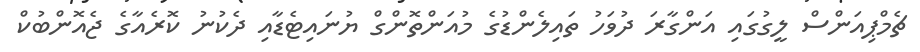
ޗެމްޕިއަންސް ލީގުގައި އަންގާރަ ދުވަހު ތައިލެންޑުގެ މުއަންތޮންގް ޔުނައިޓެޑާއި ދެކުނު ކޮރެއާގެ ޖެއޮންބުކް